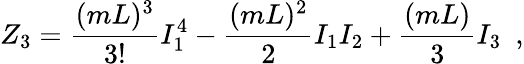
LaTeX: Z_{3}=\frac{(mL)^{3}}{3!}I_{1}^{4}-\frac{(mL)^{2}}{2}I_{1}I_{2}+\frac{(mL)}{3}I_{3}\, \, \, ,